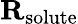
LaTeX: \mathbf{R}_{\mathrm{solute}}